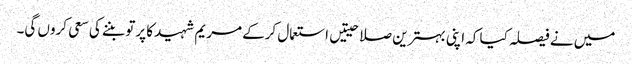
میں نے فیصلہ کیا کہ اپنی بہترین صلاحیتیں استعمال کرکے مریم شہید کا پرتو بننے کی سعی کروں گی۔